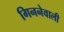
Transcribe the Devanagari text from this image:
गिननेवाली